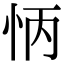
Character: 怲